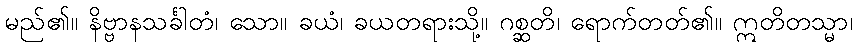
မည်၏။ နိဗ္ဗာနသင်္ခါတံ၊ သော။ ခယံ၊ ခယတရားသို့။ ဂစ္ဆတိ၊ ရောက်တတ်၏။ ဣတိတသ္မာ၊